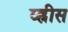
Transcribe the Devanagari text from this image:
व्ह्रीस